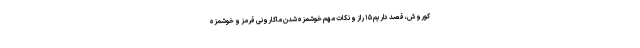
کوروش، قصد داریم ۱۵ راز و نکات مهم خوشمزه شدن ماکارونی قرمز و خوشمزه